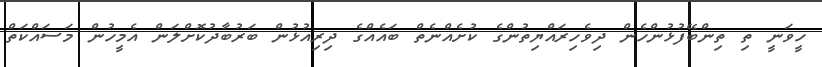
ހީވަނީ ތި ތިންބޭފުޅުންހެން ދިވެހިރައްޔިތުންގެ ކުށެއްނެތް ބައެއްގެ ދިރިއުޅުން ބަރުބާދުކޮށްލަން އެމީހުން މަސައްކަތް